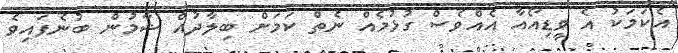
އެކަމަކު އެ ވީޑިއޯއާ އެއްވެސް ގުޅުމެއް ނެތް ކަމަށް ބިލާދުއް ޝާމުން ބުނެފައިވެ